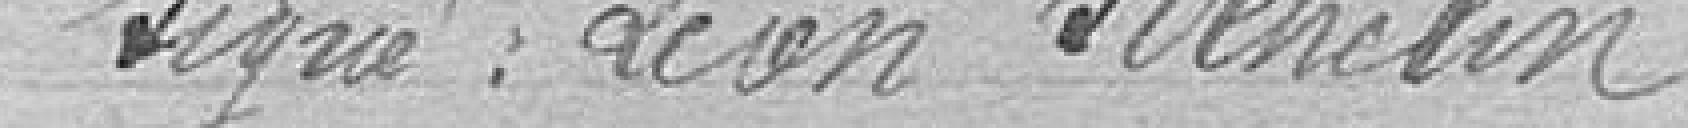
Signé : Léon